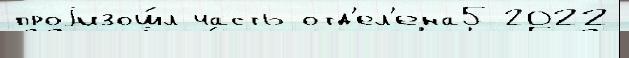
проjизош́л часть отд'ел'ена5 2022